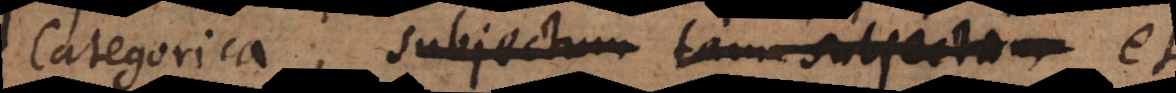
categorica, subjectum tam subjectum